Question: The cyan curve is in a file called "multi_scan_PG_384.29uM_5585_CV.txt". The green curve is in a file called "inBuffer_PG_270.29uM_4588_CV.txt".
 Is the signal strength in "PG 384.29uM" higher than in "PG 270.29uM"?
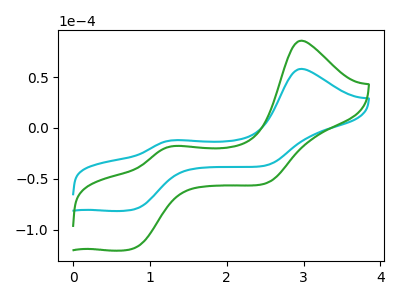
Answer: <think>The cyan curve "PG 384.29uM" has anodic peaks at (2.95V, 58.05uA) (1.30V, -12.05uA) and cathodic peaks at (0.80V, -79.95uA) (2.50V, -36.80uA). The green curve "PG 270.29uM" has anodic peaks at (2.95V, 85.75uA) (1.30V, -17.80uA) and cathodic peaks at (0.80V, -118.15uA) (2.50V, -54.35uA).
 All the peaks in "PG 384.29uM" have a peak in "PG 270.29uM" at the same potential.</think>
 <answer>I cant tell if "PG 384.29uM" or "PG 270.29uM" has more signal.</answer>
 <eval>mixed_signal</eval>